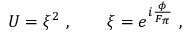
U = \xi ^ { 2 } \ , \qquad \xi = e ^ { i \frac { \phi } { F _ { \pi } } } \ ,